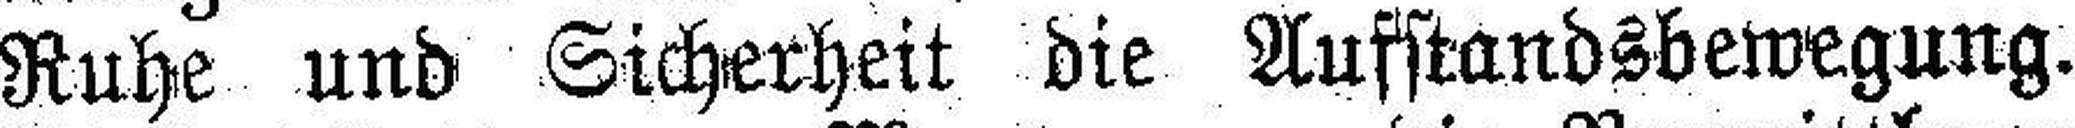
Ruhe und Sicherheit die Aufstandsbewegung.